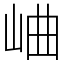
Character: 𪨰